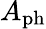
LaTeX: A_{\mathrm{ph}}